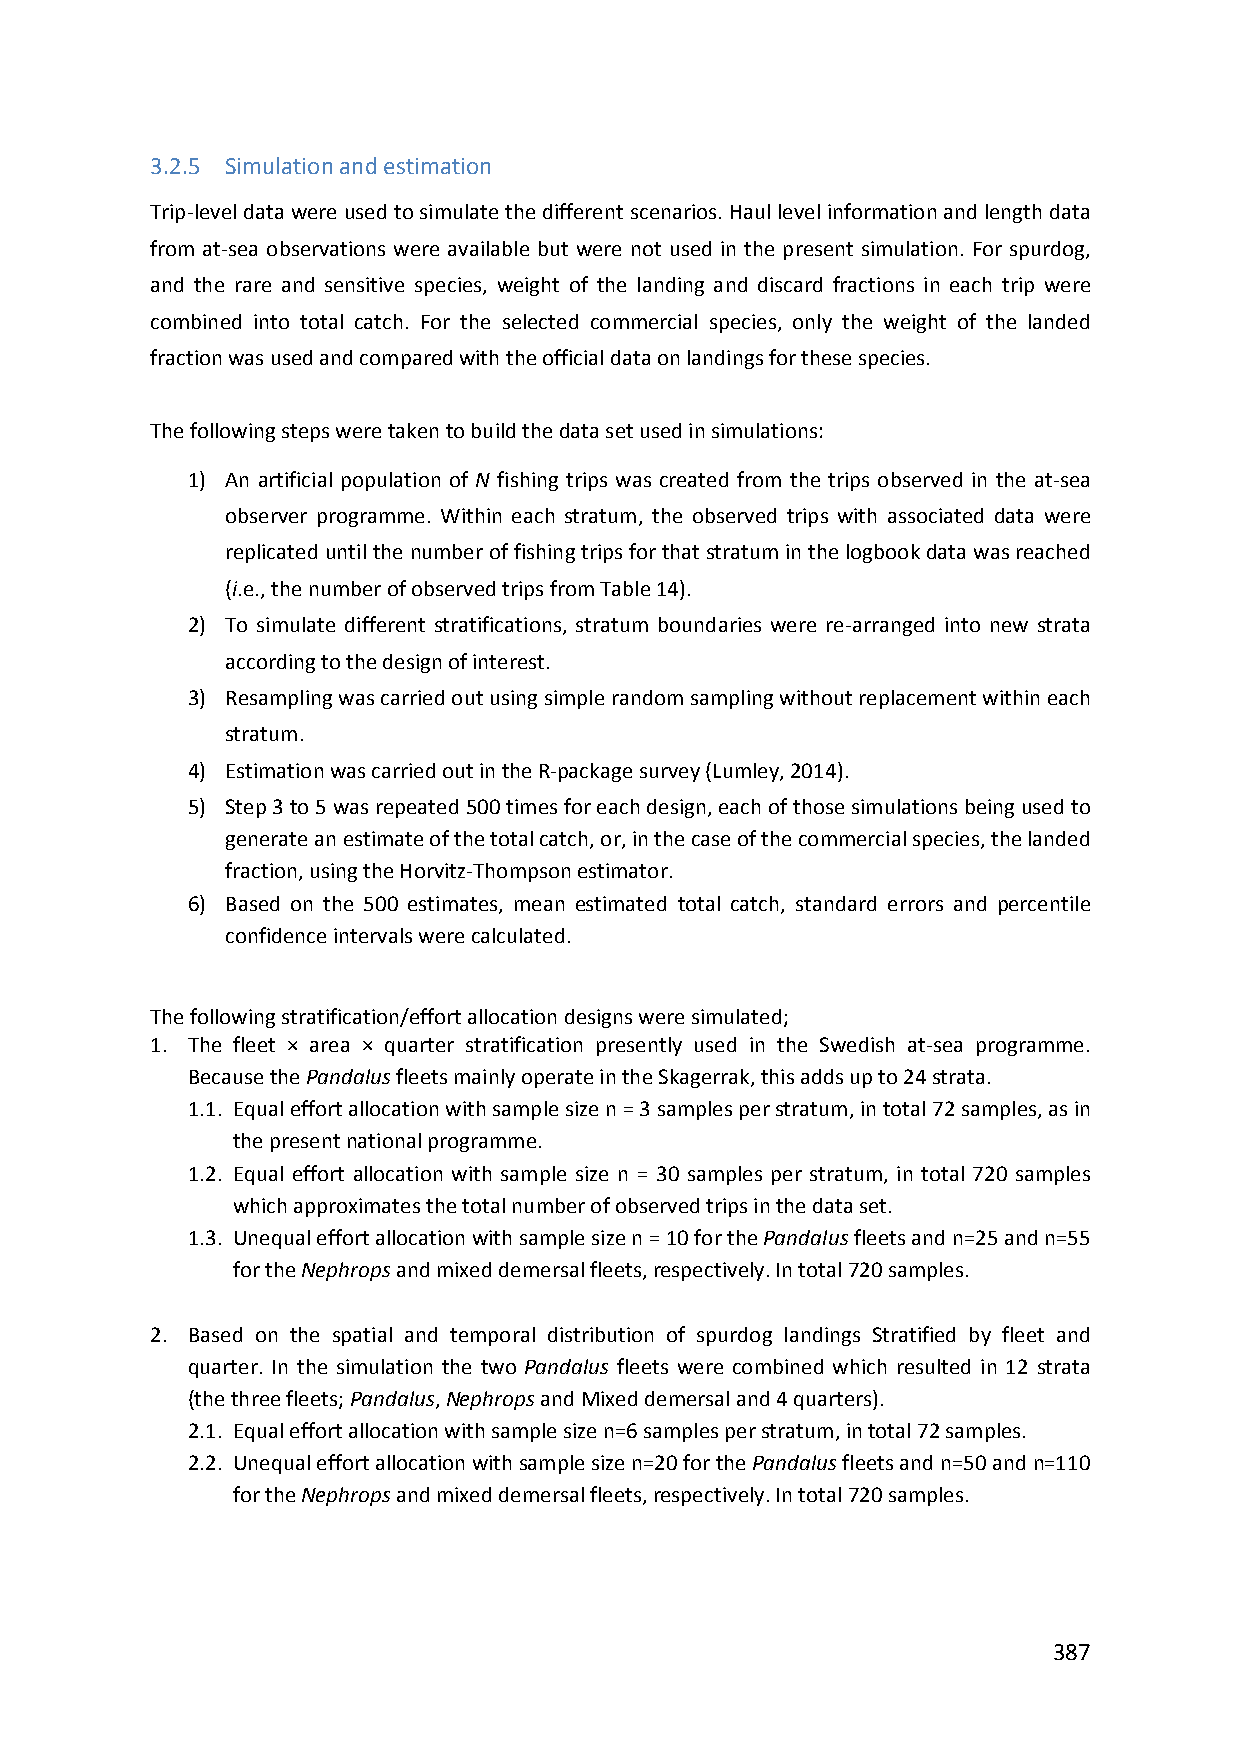
3.2.5 Simulation and estimation
 Trip‐level data were used to simulate the different scenarios. Haul level information and length data
 from at‐sea observations were available but were not used in the present simulation. For spurdog,
 and the rare and sensitive species, weight of the landing and discard fractions in each trip were
 combined into total catch. For the selected commercial species, only the weight of the landed
 fraction was used and compared with the official data on landings for these species.
 The following steps were taken to build the data set used in simulations:
 1) An artificial population of N fishing trips was created from the trips observed in the at‐sea
 observer programme. Within each stratum, the observed trips with associated data were
 replicated until the number of fishing trips for that stratum in the logbook data was reached
 (i.e., the number of observed trips from Table 14).
 2) To simulate different stratifications, stratum boundaries were re‐arranged into new strata
 according to the design of interest.
 3) Resampling was carried out using simple random sampling without replacement within each
 stratum.
 4) Estimation was carried out in the R‐package survey (Lumley, 2014).
 5) Step 3 to 5 was repeated 500 times for each design, each of those simulations being used to
 generate an estimate of the total catch, or, in the case of the commercial species, the landed
 fraction, using the Horvitz‐Thompson estimator.
 6) Based on the 500 estimates, mean estimated total catch, standard errors and percentile
 confidence intervals were calculated.
 The following stratification/effort allocation designs were simulated;
 1. The fleet × area × quarter stratification presently used in the Swedish at‐sea programme.
 Because the Pandalus fleets mainly operate in the Skagerrak, this adds up to 24 strata.
 1.1. Equal effort allocation with sample size n = 3 samples per stratum, in total 72 samples, as in
 the present national programme.
 1.2. Equal effort allocation with sample size n = 30 samples per stratum, in total 720 samples
 which approximates the total number of observed trips in the data set.
 1.3. Unequal effort allocation with sample size n = 10 for the Pandalus fleets and n=25 and n=55
 for the Nephrops and mixed demersal fleets, respectively. In total 720 samples.
 2. Based on the spatial and temporal distribution of spurdog landings Stratified by fleet and
 quarter. In the simulation the two Pandalus fleets were combined which resulted in 12 strata
 (the three fleets; Pandalus, Nephrops and Mixed demersal and 4 quarters).
 2.1. Equal effort allocation with sample size n=6 samples per stratum, in total 72 samples.
 2.2. Unequal effort allocation with sample size n=20 for the Pandalus fleets and n=50 and n=110
 for the Nephrops and mixed demersal fleets, respectively. In total 720 samples.
 387